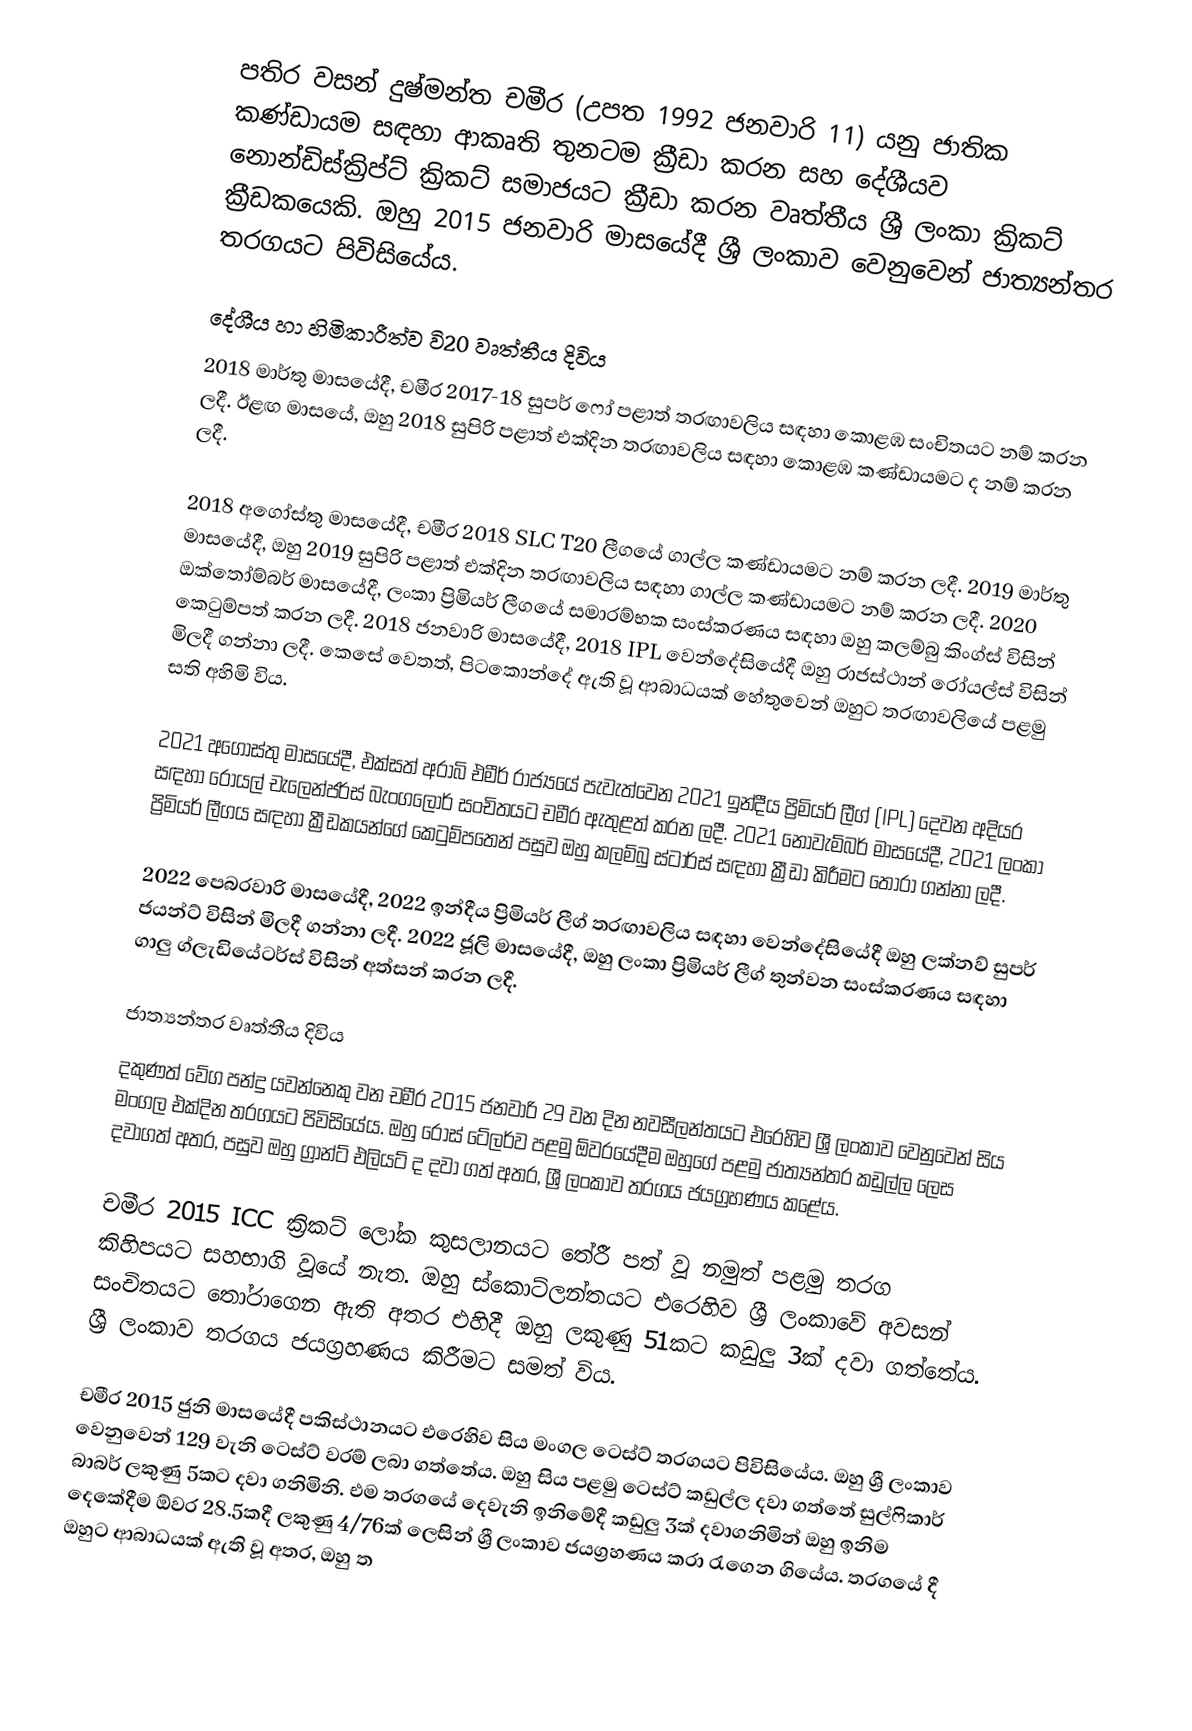
පතිර වසන් දුෂ්මන්ත චමීර (උපත 1992 ජනවාරි 11) යනු ජාතික කණ්ඩායම සඳහා ආකෘති තුනටම ක්‍රීඩා කරන සහ දේශීයව නොන්ඩිස්ක්‍රිප්ට් ක්‍රිකට් සමාජයට ක්‍රීඩා කරන වෘත්තීය ශ්‍රී ලංකා ක්‍රිකට් ක්‍රීඩකයෙකි. ඔහු 2015 ජනවාරි මාසයේදී ශ්‍රී ලංකාව වෙනුවෙන් ජාත්‍යන්තර තරගයට පිවිසියේය.

දේශීය හා හිමිකාරීත්ව වි20 වෘත්තීය දිවිය
2018 මාර්තු මාසයේදී, චමීර 2017-18 සුපර් ෆෝ පළාත් තරඟාවලිය සඳහා කොළඹ සංචිතයට නම් කරන ලදී. ඊළඟ මාසයේ, ඔහු 2018 සුපිරි පළාත් එක්දින තරඟාවලිය සඳහා කොළඹ කණ්ඩායමට ද නම් කරන ලදී.

2018 අගෝස්තු මාසයේදී, චමීර 2018 SLC T20 ලීගයේ ගාල්ල කණ්ඩායමට නම් කරන ලදී. 2019 මාර්තු මාසයේදී, ඔහු 2019 සුපිරි පළාත් එක්දින තරඟාවලිය සඳහා ගාල්ල කණ්ඩායමට නම් කරන ලදී. 2020 ඔක්තෝම්බර් මාසයේදී, ලංකා ප්‍රිමියර් ලීගයේ සමාරම්භක සංස්කරණය සඳහා ඔහු කලම්බු කිංග්ස් විසින් කෙටුම්පත් කරන ලදී. 2018 ජනවාරි මාසයේදී, 2018 IPL වෙන්දේසියේදී ඔහු රාජස්ථාන් රෝයල්ස් විසින් මිලදී ගන්නා ලදී. කෙසේ වෙතත්, පිටකොන්දේ ඇති වූ ආබාධයක් හේතුවෙන් ඔහුට තරඟාවලියේ පළමු සති අහිමි විය.

2021 අගෝස්තු මාසයේදී, එක්සත් අරාබි එමීර් රාජ්‍යයේ පැවැත්වෙන 2021 ඉන්දීය ප්‍රිමියර් ලීග් (IPL) දෙවන අදියර සඳහා රෝයල් චැලෙන්ජර්ස් බැංගලෝර් සංචිතයට චමීර ඇතුළත් කරන ලදී. 2021 නොවැම්බර් මාසයේදී, 2021 ලංකා ප්‍රිමියර් ලීගය සඳහා ක්‍රීඩකයන්ගේ කෙටුම්පතෙන් පසුව ඔහු කලම්බු ස්ටාර්ස් සඳහා ක්‍රීඩා කිරීමට තෝරා ගන්නා ලදී.

2022 පෙබරවාරි මාසයේදී, 2022 ඉන්දීය ප්‍රිමියර් ලීග් තරඟාවලිය සඳහා වෙන්දේසියේදී ඔහු ලක්නව් සුපර් ජයන්ට් විසින් මිලදී ගන්නා ලදී. 2022 ජූලි මාසයේදී, ඔහු ලංකා ප්‍රිමියර් ලීග් තුන්වන සංස්කරණය සඳහා ගාලු ග්ලැඩියේටර්ස් විසින් අත්සන් කරන ලදී.

ජාත්‍යන්තර වෘත්තීය දිවිය
දකුණත් වේග පන්දු යවන්නෙකු වන චමීර 2015 ජනවාරි 29 වන දින නවසීලන්තයට එරෙහිව ශ්‍රී ලංකාව වෙනුවෙන් සිය මංගල එක්දින තරගයට පිවිසියේය. ඔහු රොස් ටේලර්ව පළමු ඕවරයේදීම ඔහුගේ පළමු ජාත්‍යන්තර කඩුල්ල ලෙස දවාගත් අතර, පසුව ඔහු ග්‍රාන්ට් එලියට් ද දවා ගත් අතර, ශ්‍රී ලංකාව තරගය ජයග්‍රහණය කළේය.

චමීර 2015 ICC ක්‍රිකට් ලෝක කුසලානයට තේරී පත් වූ නමුත් පළමු තරග කිහිපයට සහභාගි වූයේ නැත. ඔහු ස්කොට්ලන්තයට එරෙහිව ශ්‍රී ලංකාවේ අවසන් සංචිතයට තෝරාගෙන ඇති අතර එහිදී ඔහු ලකුණු 51කට කඩුලු 3ක් දවා ගත්තේය. ශ්‍රී ලංකාව තරගය ජයග්‍රහණය කිරීමට සමත් විය.

චමීර 2015 ජුනි මාසයේදී පකිස්ථානයට එරෙහිව සිය මංගල ටෙස්ට් තරගයට පිවිසියේය. ඔහු ශ්‍රී ලංකාව වෙනුවෙන් 129 වැනි ටෙස්ට් වරම් ලබා ගත්තේය. ඔහු සිය පළමු ටෙස්ට් කඩුල්ල දවා ගත්තේ සුල්ෆිකාර් බාබර් ලකුණු 5කට දවා ගනිමිනි. එම තරගයේ දෙවැනි ඉනිමේදී කඩුලු 3ක් දවාගනිමින් ඔහු ඉනිම දෙකේදීම ඕවර 28.5කදී ලකුණු 4/76ක් ලෙසින්  ශ්‍රී ලංකාව ජයග්‍රහණය කරා රැගෙන ගියේය. තරගයේ දී ඔහුට ආබාධයක් ඇති වූ අතර, ඔහු ත